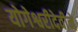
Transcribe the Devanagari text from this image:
योगेश्वरीदेवीने